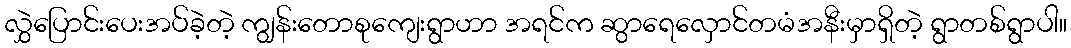
လွှဲပြောင်းပေးအပ်ခဲ့တဲ့ ကျွန်းတောစုကျေးရွာဟာ အရင်က ဆွာရေလှောင်တမံအနီးမှာရှိတဲ့ ရွာတစ်ရွာပါ။